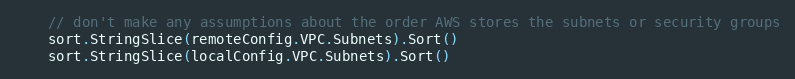
Language: Go
	// don't make any assumptions about the order AWS stores the subnets or security groups
	sort.StringSlice(remoteConfig.VPC.Subnets).Sort()
	sort.StringSlice(localConfig.VPC.Subnets).Sort()